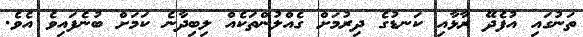
ތަނުގައި އުފެދޭ ރާޅާއި ކަނޑުގެ ދިރުމަށް ގެއްލުންތަކެއް ލިބިދާނެ ކަމަށް ބުނެފައިވެ އެވެ.